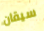
سيقان